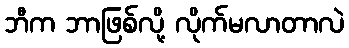
ဘီက ဘာဖြစ်လို့ လိုက်မလာတာလဲ